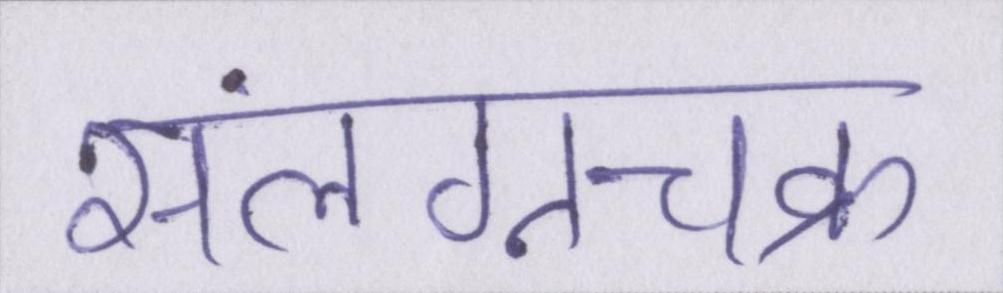
संलग्नचक्र